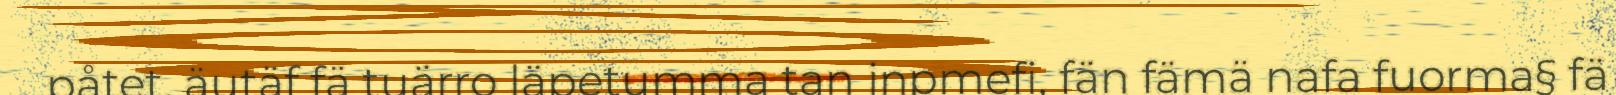
påtet, äutäf fä tuärro läpetumma tan jnpmefi, fän fämä nafa fuorma§ fä